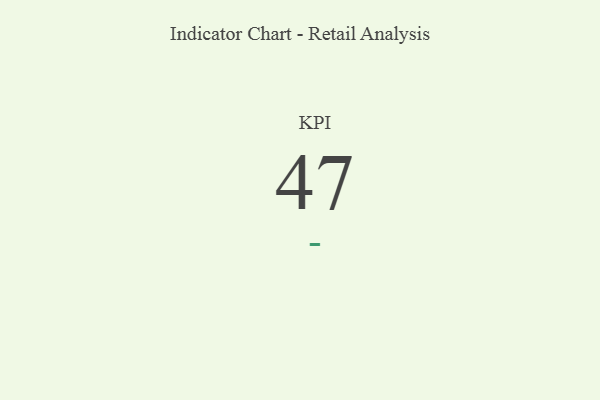
{"axis": {"x": "KPI", "y": "Value"}, "legend": [""], "data": [{"x": "KPI", "y": 47, "type": ""}]}